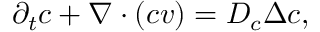
\partial _ { t } c + \nabla \cdot ( c \boldsymbol { v } ) = D _ { c } \Delta c ,